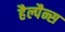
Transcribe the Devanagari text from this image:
हैल्पैन्स